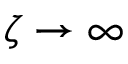
\zeta \to \infty